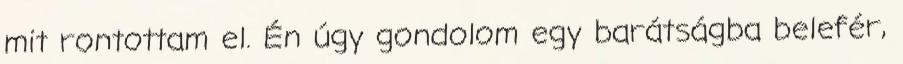
mit rontottam el. Én úgy gondolom egy barátságba belefér,